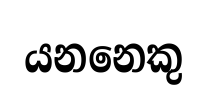
යනනෙකු